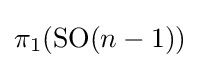
\pi _{1}({\text{SO}}(n-1))